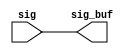
module iob_ccx_rptr (
   sig_buf, 
   sig
   );
output  [163:0] sig_buf;
input   [163:0] sig;
assign  sig_buf  = sig;
endmodule